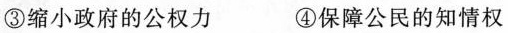
③缩小政府的公权力 ④保障公民的知情权